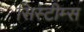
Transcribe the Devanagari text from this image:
सिस्टीम्स